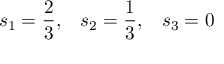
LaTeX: s _ { 1 } = \frac { 2 } { 3 } , \; \; \; s _ { 2 } = \frac { 1 } { 3 } , \; \; \; s _ { 3 } = 0